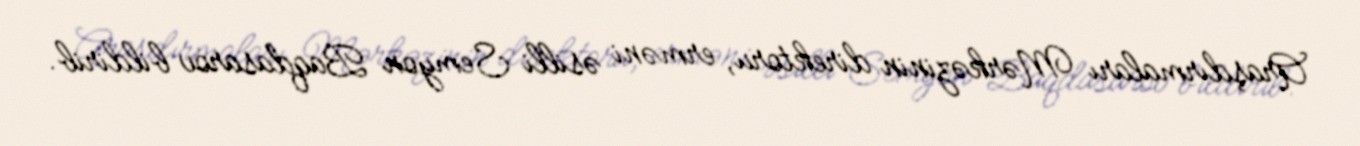
Araşdırmaları Mərkəzinin direktoru, erməni əsilli Semyon Baqdasarov bildirib.